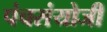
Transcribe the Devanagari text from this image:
पंचसंयोजी